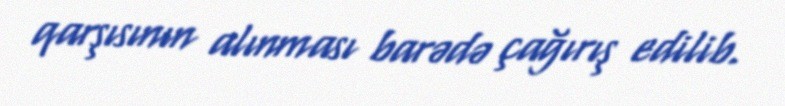
qarşısının alınması barədə çağırış edilib.